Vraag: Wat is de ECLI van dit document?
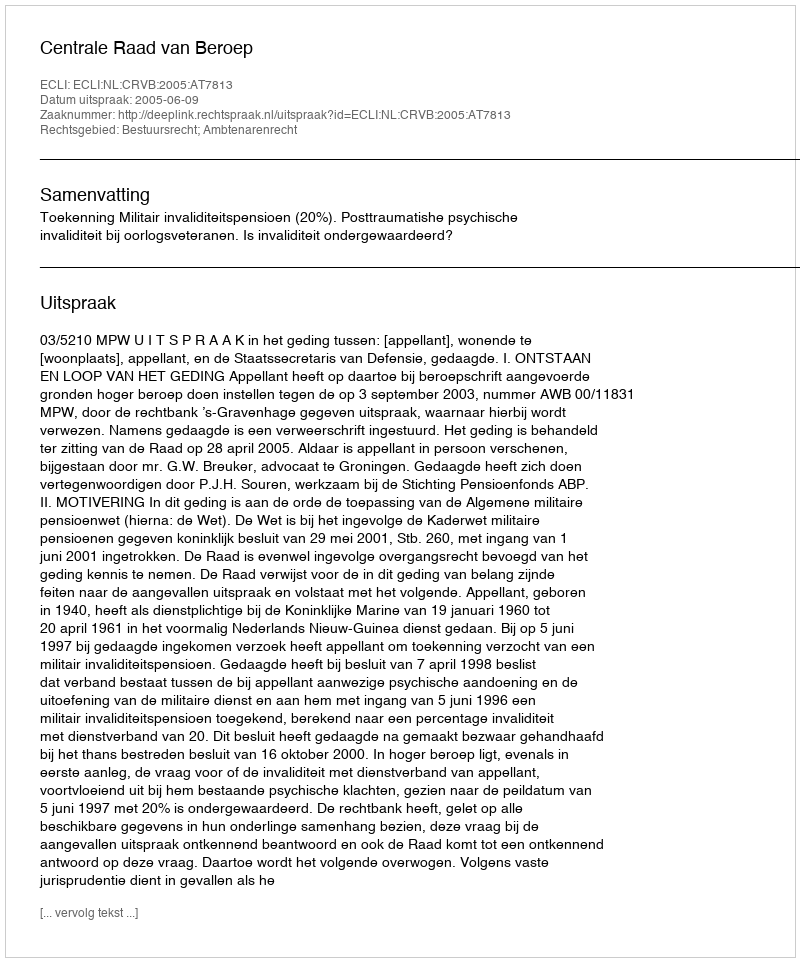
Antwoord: ECLI:NL:CRVB:2005:AT7813